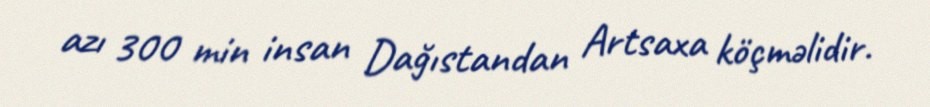
azı 300 min insan Dağıstandan Artsaxa köçməlidir.